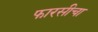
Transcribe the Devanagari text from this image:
फारसीचा